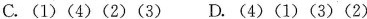
C .(1) (4) (2) (3) D. (4) (1) (3) (2)